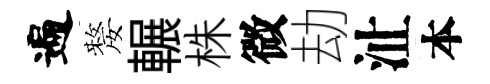
遍嫠輾株微劫沚本